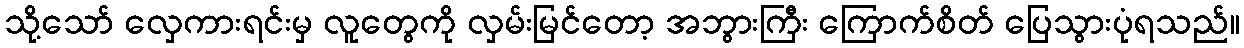
သို့သော် လှေကားရင်းမှ လူတွေကို လှမ်းမြင်တော့ အဘွားကြီး ကြောက်စိတ် ပြေသွားပုံရသည်။